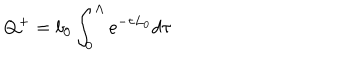
Q ^ { + } = b _ { 0 } \int _ { 0 } ^ { \Lambda } e ^ { - \tau L _ { 0 } } d \tau